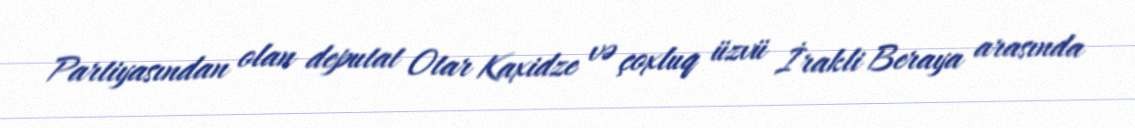
Partiyasından olan deputat Otar Kaxidze və çoxluq üzvü İrakli Beraya arasında